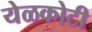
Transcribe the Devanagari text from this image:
येळकोटी